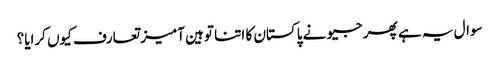
سوال یہ ہے پھر جیو نے پاکستان کا اتنا توہین آمیز تعارف کیوں کرایا؟